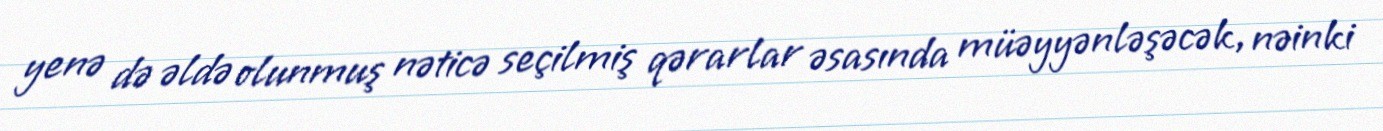
yenə də əldə olunmuş nəticə seçilmiş qərarlar əsasında müəyyənləşəcək, nəinki